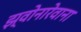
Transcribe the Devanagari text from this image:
झ्वोनारेवाना